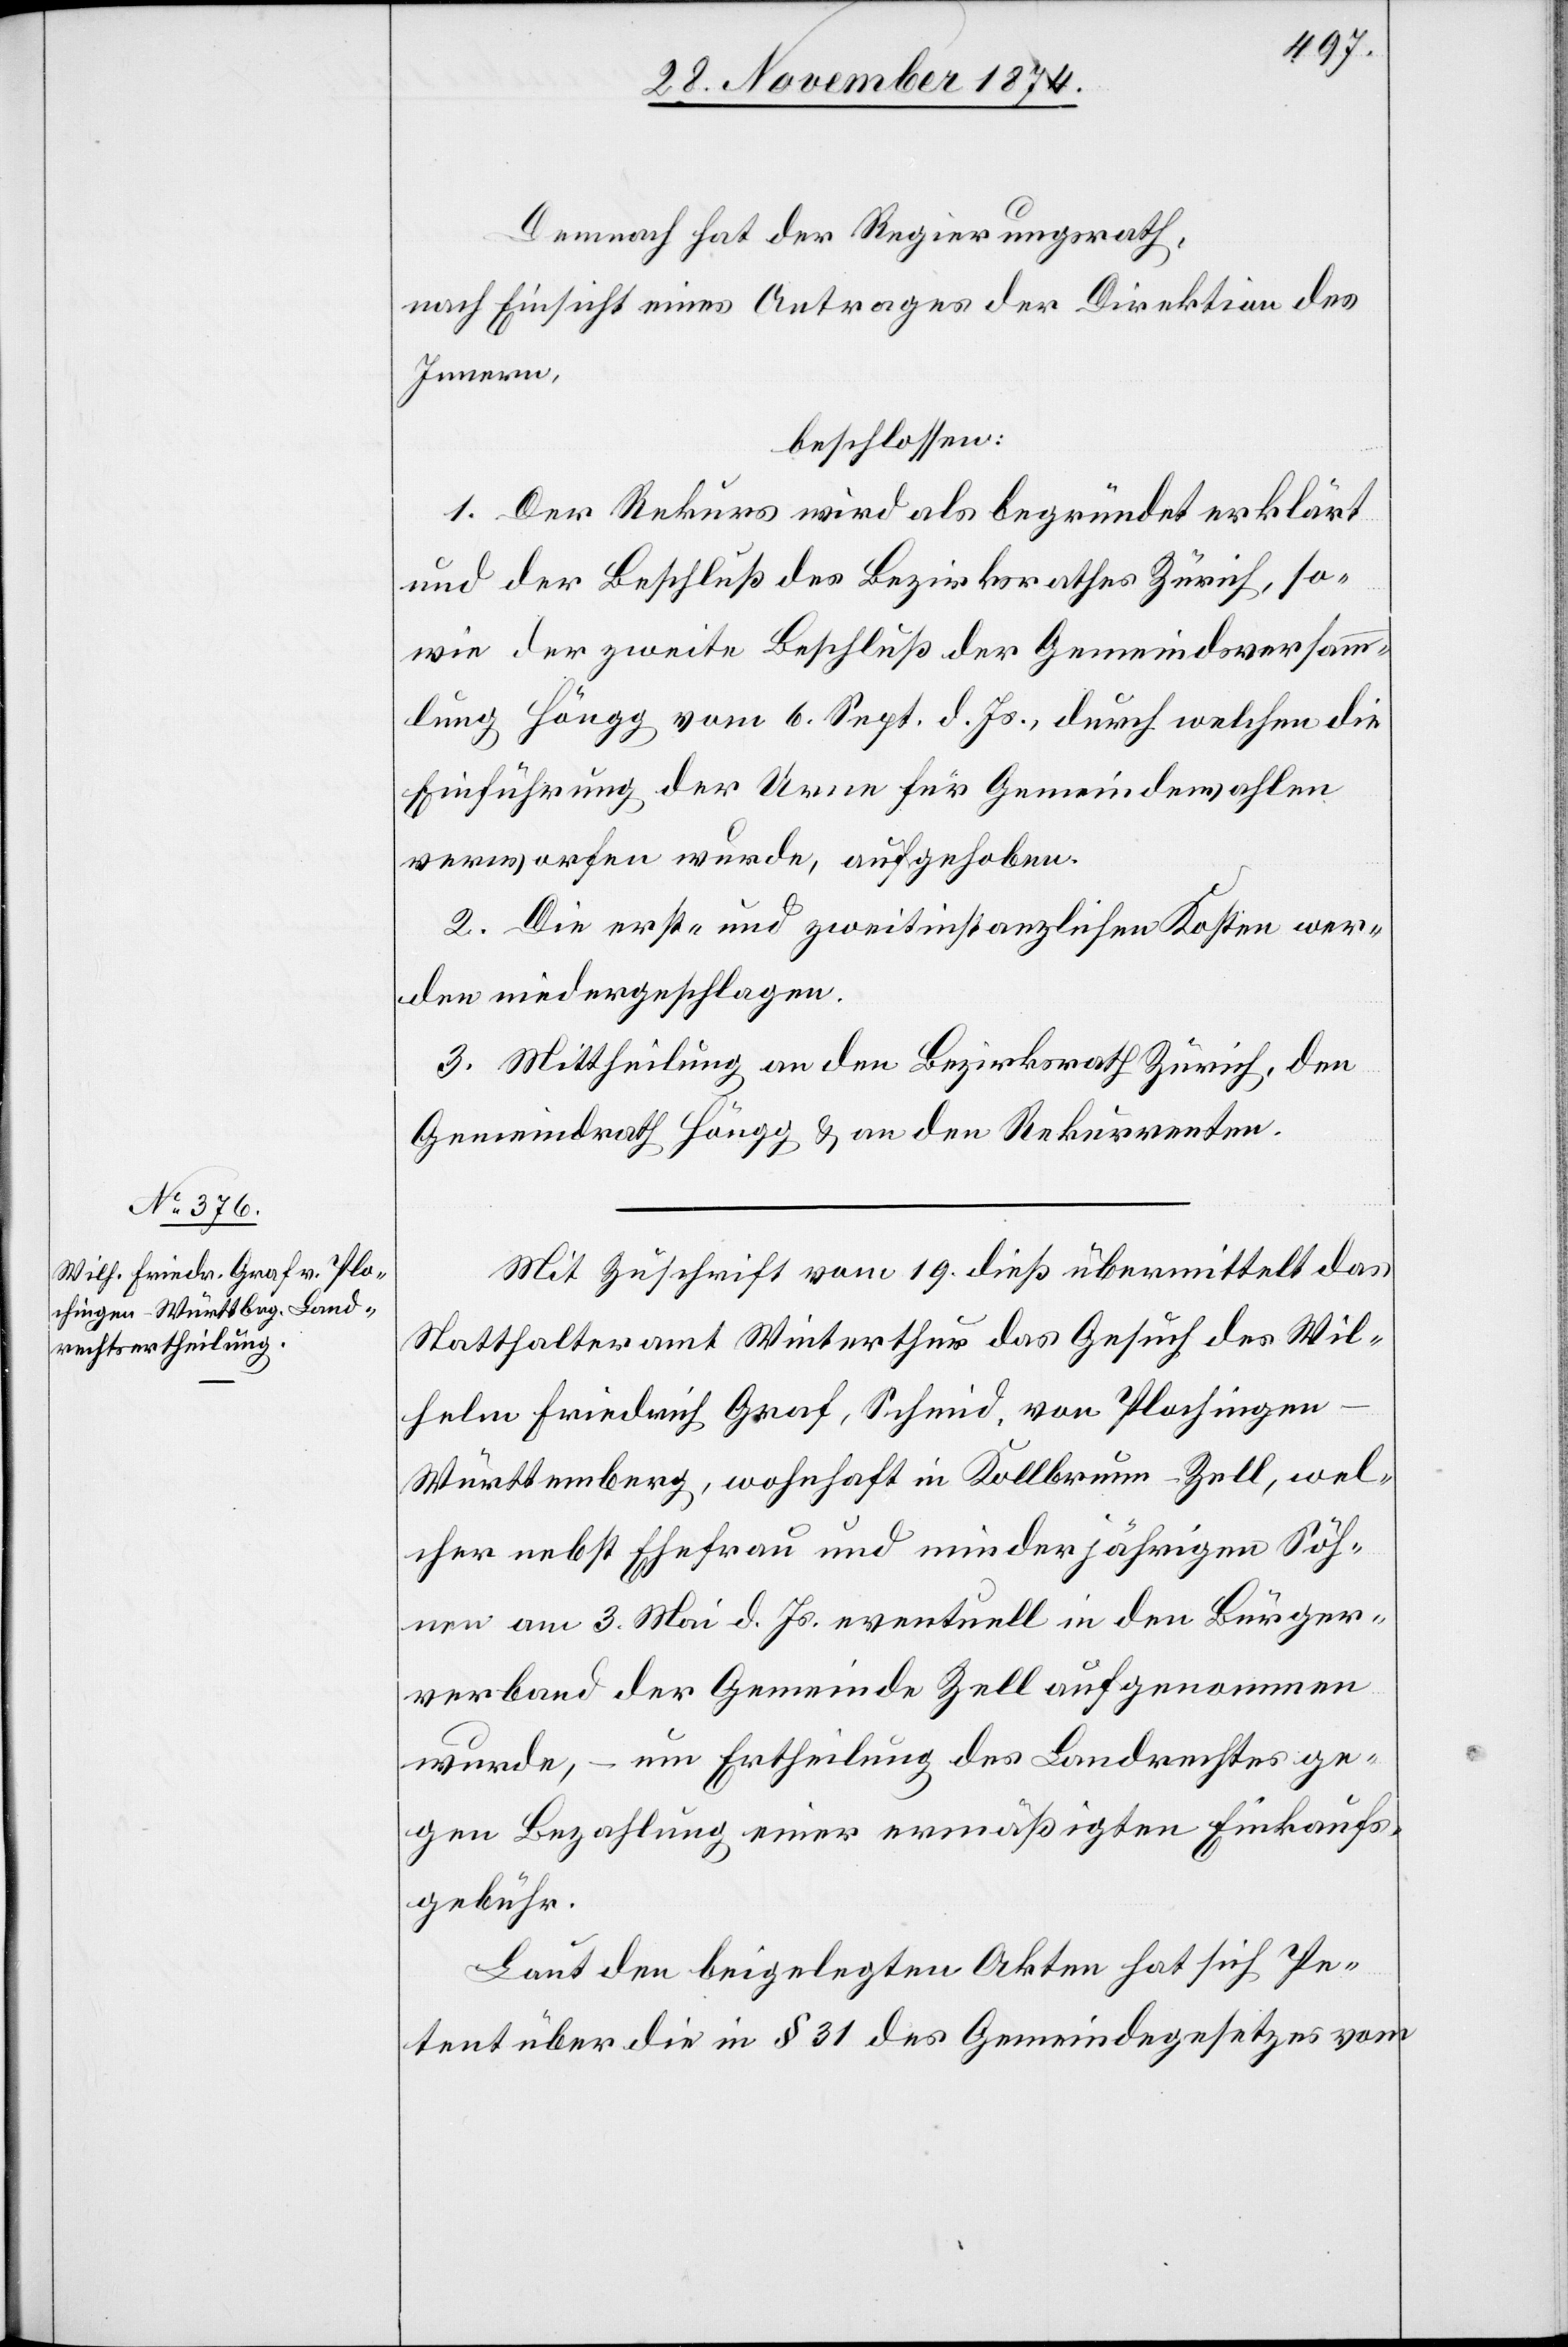
Demnach hat der Regierungsrath,
nach Einsicht eines Antrages der Direktion des
Innern,
beschlossen:
1. Der Rekurs wird als begründet erklärt
und der Beschluß des Bezirksrathes Zürich, so¬
wie der zweite Beschluß der Gemeindsversamm¬
lung Höngg vom 6. Sept. d. Js., durch welchen die
Einführung der Urne für Gemeindewahlen
verworfen wurde, aufgehoben.
2. Die erst- und zweitinstanzlichen Kosten wer¬
den niedergeschlagen.
3. Mittheilung an den Bezirksrath Zürich, den
Gemeindrath Höngg & an den Rekurrenten.
Mit Zuschrift vom 19. dieß übermittelt das
Statthalteramt Winterthur das Gesuch des Wil¬
helm Friedrich Graf, Schmid, von Plochingen-W¬
ürttemberg, wohnhaft in Kollbrunn-Zell, wel¬
cher nebst Ehefrau und minderjährigen Söh¬
nen am 3. Mai d. Js. eventuell in den Bürger¬
verband der Gemeinde Zell aufgenommen
wurde, – um Ertheilung des Landrechtes ge¬
gen Bezahlung einer ermäßigten Einkaufs¬
gebühr.
Laut den beigelegten Akten hat sich Pe¬
tent über die in § 31 des Gemeindegesetzes vom